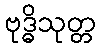
ဗုဒ္ဓိသုတ္တ